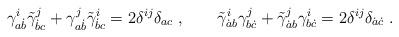
LaTeX: \begin{align*} \gamma^i_{a\dot b}\tilde\gamma^j_{\dot b c} + \gamma^j_{a\dot b}\tilde\gamma^i_{\dot b c} = 2\delta^{ij} \delta_{ac}\;, \qquad \tilde\gamma^i_{\dot ab}\gamma^j_{b\dot c} + \tilde\gamma^j_{\dot ab}\gamma^i_{b\dot c} = 2\delta^{ij} \delta_{\dot a\dot c}\;.\end{align*}